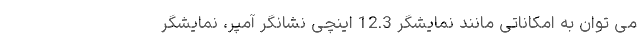
می توان به امکاناتی مانند نمایشگر 12.3 اینچی نشانگر آمپر، نمایشگر